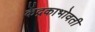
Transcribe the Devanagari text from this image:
केंद्रकाभोवती